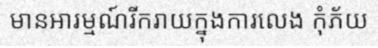
មានអារម្មណ៍រីករាយក្នុងការលេង កុំភ័យ